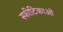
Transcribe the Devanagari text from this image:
स्फीटिकाओं